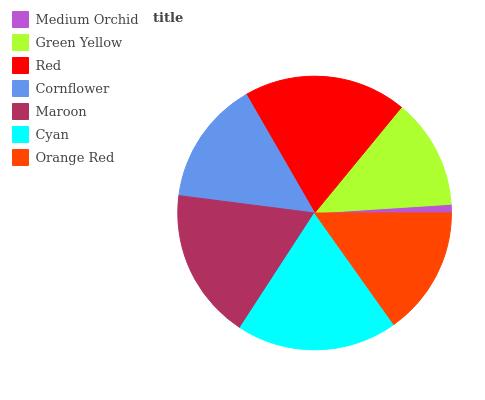
| Medium Orchid | Green Yellow | Red | Cornflower | Maroon | Cyan | Orange Red |
 | --- | --- | --- | --- | --- | --- | --- |
 | 1.02% | 13.1% | 19.3% | 14.7% | 17.8% | 19% | 15.2% |